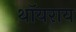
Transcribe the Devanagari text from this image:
थॉयराय